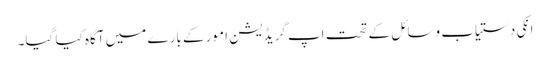
انکی دستیاب وسائل کے تحت اپ گریڈیشن امور کے بارے میں آگاہ کیا گیا۔